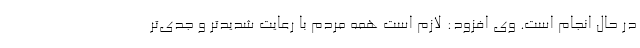
در حال انجام است. وی افزود: لازم است همه مردم با رعایت شدیدتر و جدی‌تر